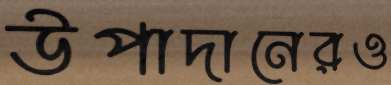
উপাদানেরও